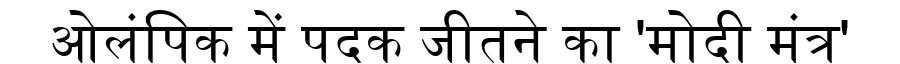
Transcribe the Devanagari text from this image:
ओलंपिक में पदक जीतने का 'मोदी मंत्र'